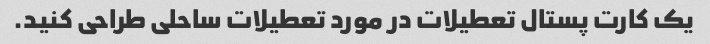
یک کارت پستال تعطیلات در مورد تعطیلات ساحلی طراحی کنید.